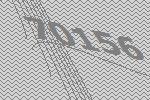
70156